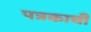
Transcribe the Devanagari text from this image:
पत्रकाची